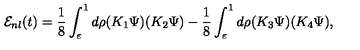
{ \cal E } _ { n l } ( t ) = \frac { 1 } { 8 } \int _ { \varepsilon } ^ { 1 } d \rho ( K _ { 1 } \Psi ) ( K _ { 2 } \Psi ) - \frac { 1 } { 8 } \int _ { \varepsilon } ^ { 1 } d \rho ( K _ { 3 } \Psi ) ( K _ { 4 } \Psi ) ,